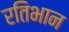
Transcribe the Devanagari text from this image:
रतिभान